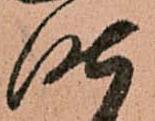
昨